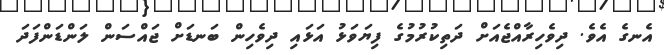
އެނގެ އެވެ. ދިވެހިރާއްޖެއަށް ދަތިކުރުމުގެ ފިޔަވަޅު އަޅައި ދިވެހިން ބަނޑަށް ޖައްސަން ލަންޑަންފަދަ